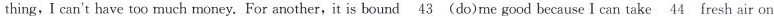
thing, I can't have too much money. For another,it is bound \underline{43} (do)me good because I can take \underline{44} fresh air on